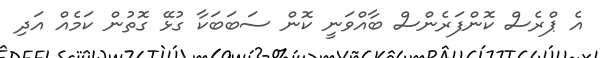
އެ ޕްރެސް ކޮންފަރެންސް ބާއްވަނީ ކޮން ސަބަބަކާ ގުޅޭ ގޮތުން ކަމެއް އަދި